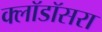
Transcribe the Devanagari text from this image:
क्लॉडॉसरा